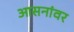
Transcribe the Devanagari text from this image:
आसनांवर